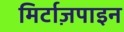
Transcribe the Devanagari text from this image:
मिर्टाज़पाइन